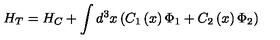
H _ { T } = H _ { C } + \int d ^ { 3 } x \left( C _ { 1 } \left( x \right) \Phi _ { 1 } + C _ { 2 } \left( x \right) \Phi _ { 2 } \right)